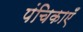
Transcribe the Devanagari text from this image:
पंचिकाएँ